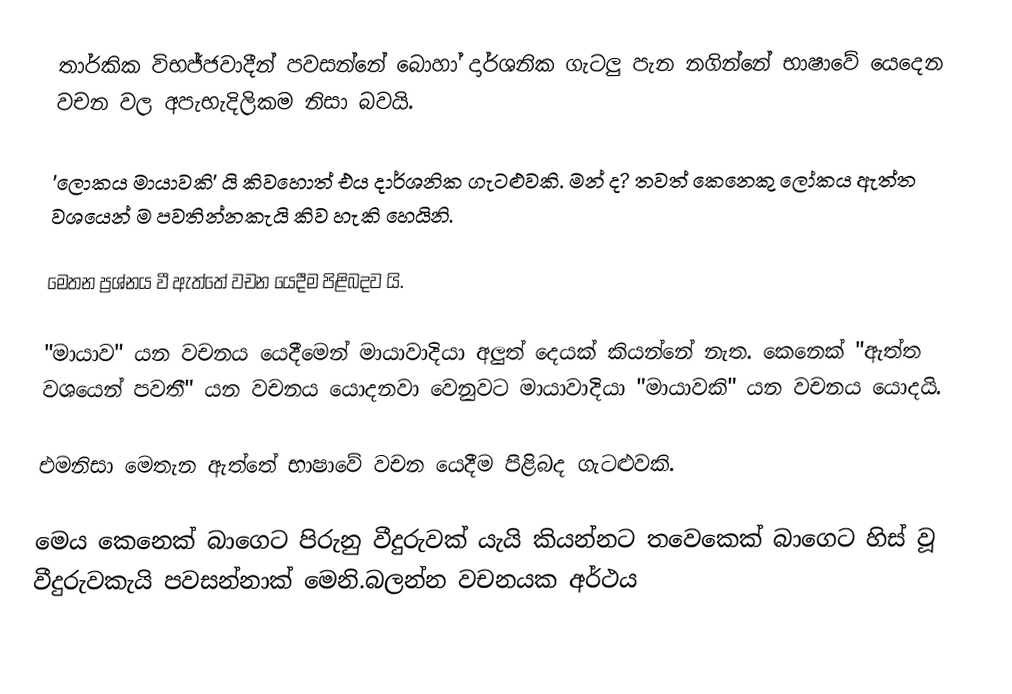
තාර්කික විභජ්ජවාදීන්  පවසන්නේ බොහා් දාර්ශනික ගැටලු පැන නගින්නේ භාෂාවේ යෙදෙන වචන වල අපැභැදිලිකම නිසා බවයි.

'ලොකය මායාවකි' යි කිවහොත් එය දාර්ශනික ගැටළුවකි. මන් ද? තවත් කෙනෙකු ලෝකය ඇත්ත වශයෙන් ම පවතින්නකැයි කිව හැකි හෙයිනි.

මෙතන ප්‍රශ්නය වී ඇත්තේ වචන යෙදීම පිළිබදව යි.

"මායාව" යන වචනය යෙදීමෙන් මායාවාදියා අලුත් දෙයක් කියන්නේ නැත. කෙනෙක් "ඇත්ත වශයෙන් පවතී" යන වචනය යොදනවා වෙනුවට මායාවාදියා "මායාවකි" යන වචනය යොදයි.

එමනිසා මෙතැන ඇත්තේ භාෂාවේ වචන යෙදීම පිළිබද ගැටළුවකි.

මෙය කෙනෙක් බාගෙට පිරුනු වීදුරුවක් යැයි කියන්නට තවෙකෙක් බාගෙට හිස් වූ වීදුරුවකැයි පවසන්නාක් මෙනි.බලන්න වචනයක අර්ථය